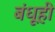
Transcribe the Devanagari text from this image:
बंधूही